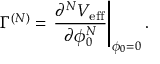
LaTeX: \Gamma ^ { ( N ) } = \left. \frac { \partial ^ { N } V _ { \mathrm { e f f } } } { \partial \phi _ { 0 } ^ { N } } \right| _ { \phi _ { 0 } = 0 } .